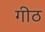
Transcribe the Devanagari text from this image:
गीठ